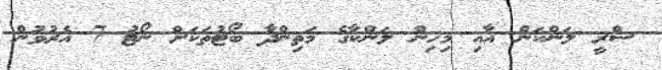
ސްރީ ލަންކަން އާއި މިހިން ލަންކާގެ މަތިންދާ ބޯޓުތަކަށް ނޯޓު 7 އެރުވުން